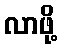
လာဖို့